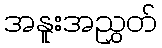
အနူးအညွှတ်